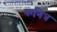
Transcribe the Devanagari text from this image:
कणित्र